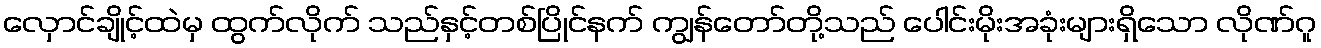
လှောင်ချိုင့်ထဲမှ ထွက်လိုက် သည်နှင့်တစ်ပြိုင်နက် ကျွန်တော်တို့သည် ပေါင်းမိုးအခုံးများရှိသော လိုဏ်ဂူ